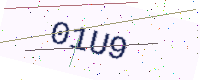
Text: 01U9